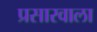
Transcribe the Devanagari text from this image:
प्रसारवाला